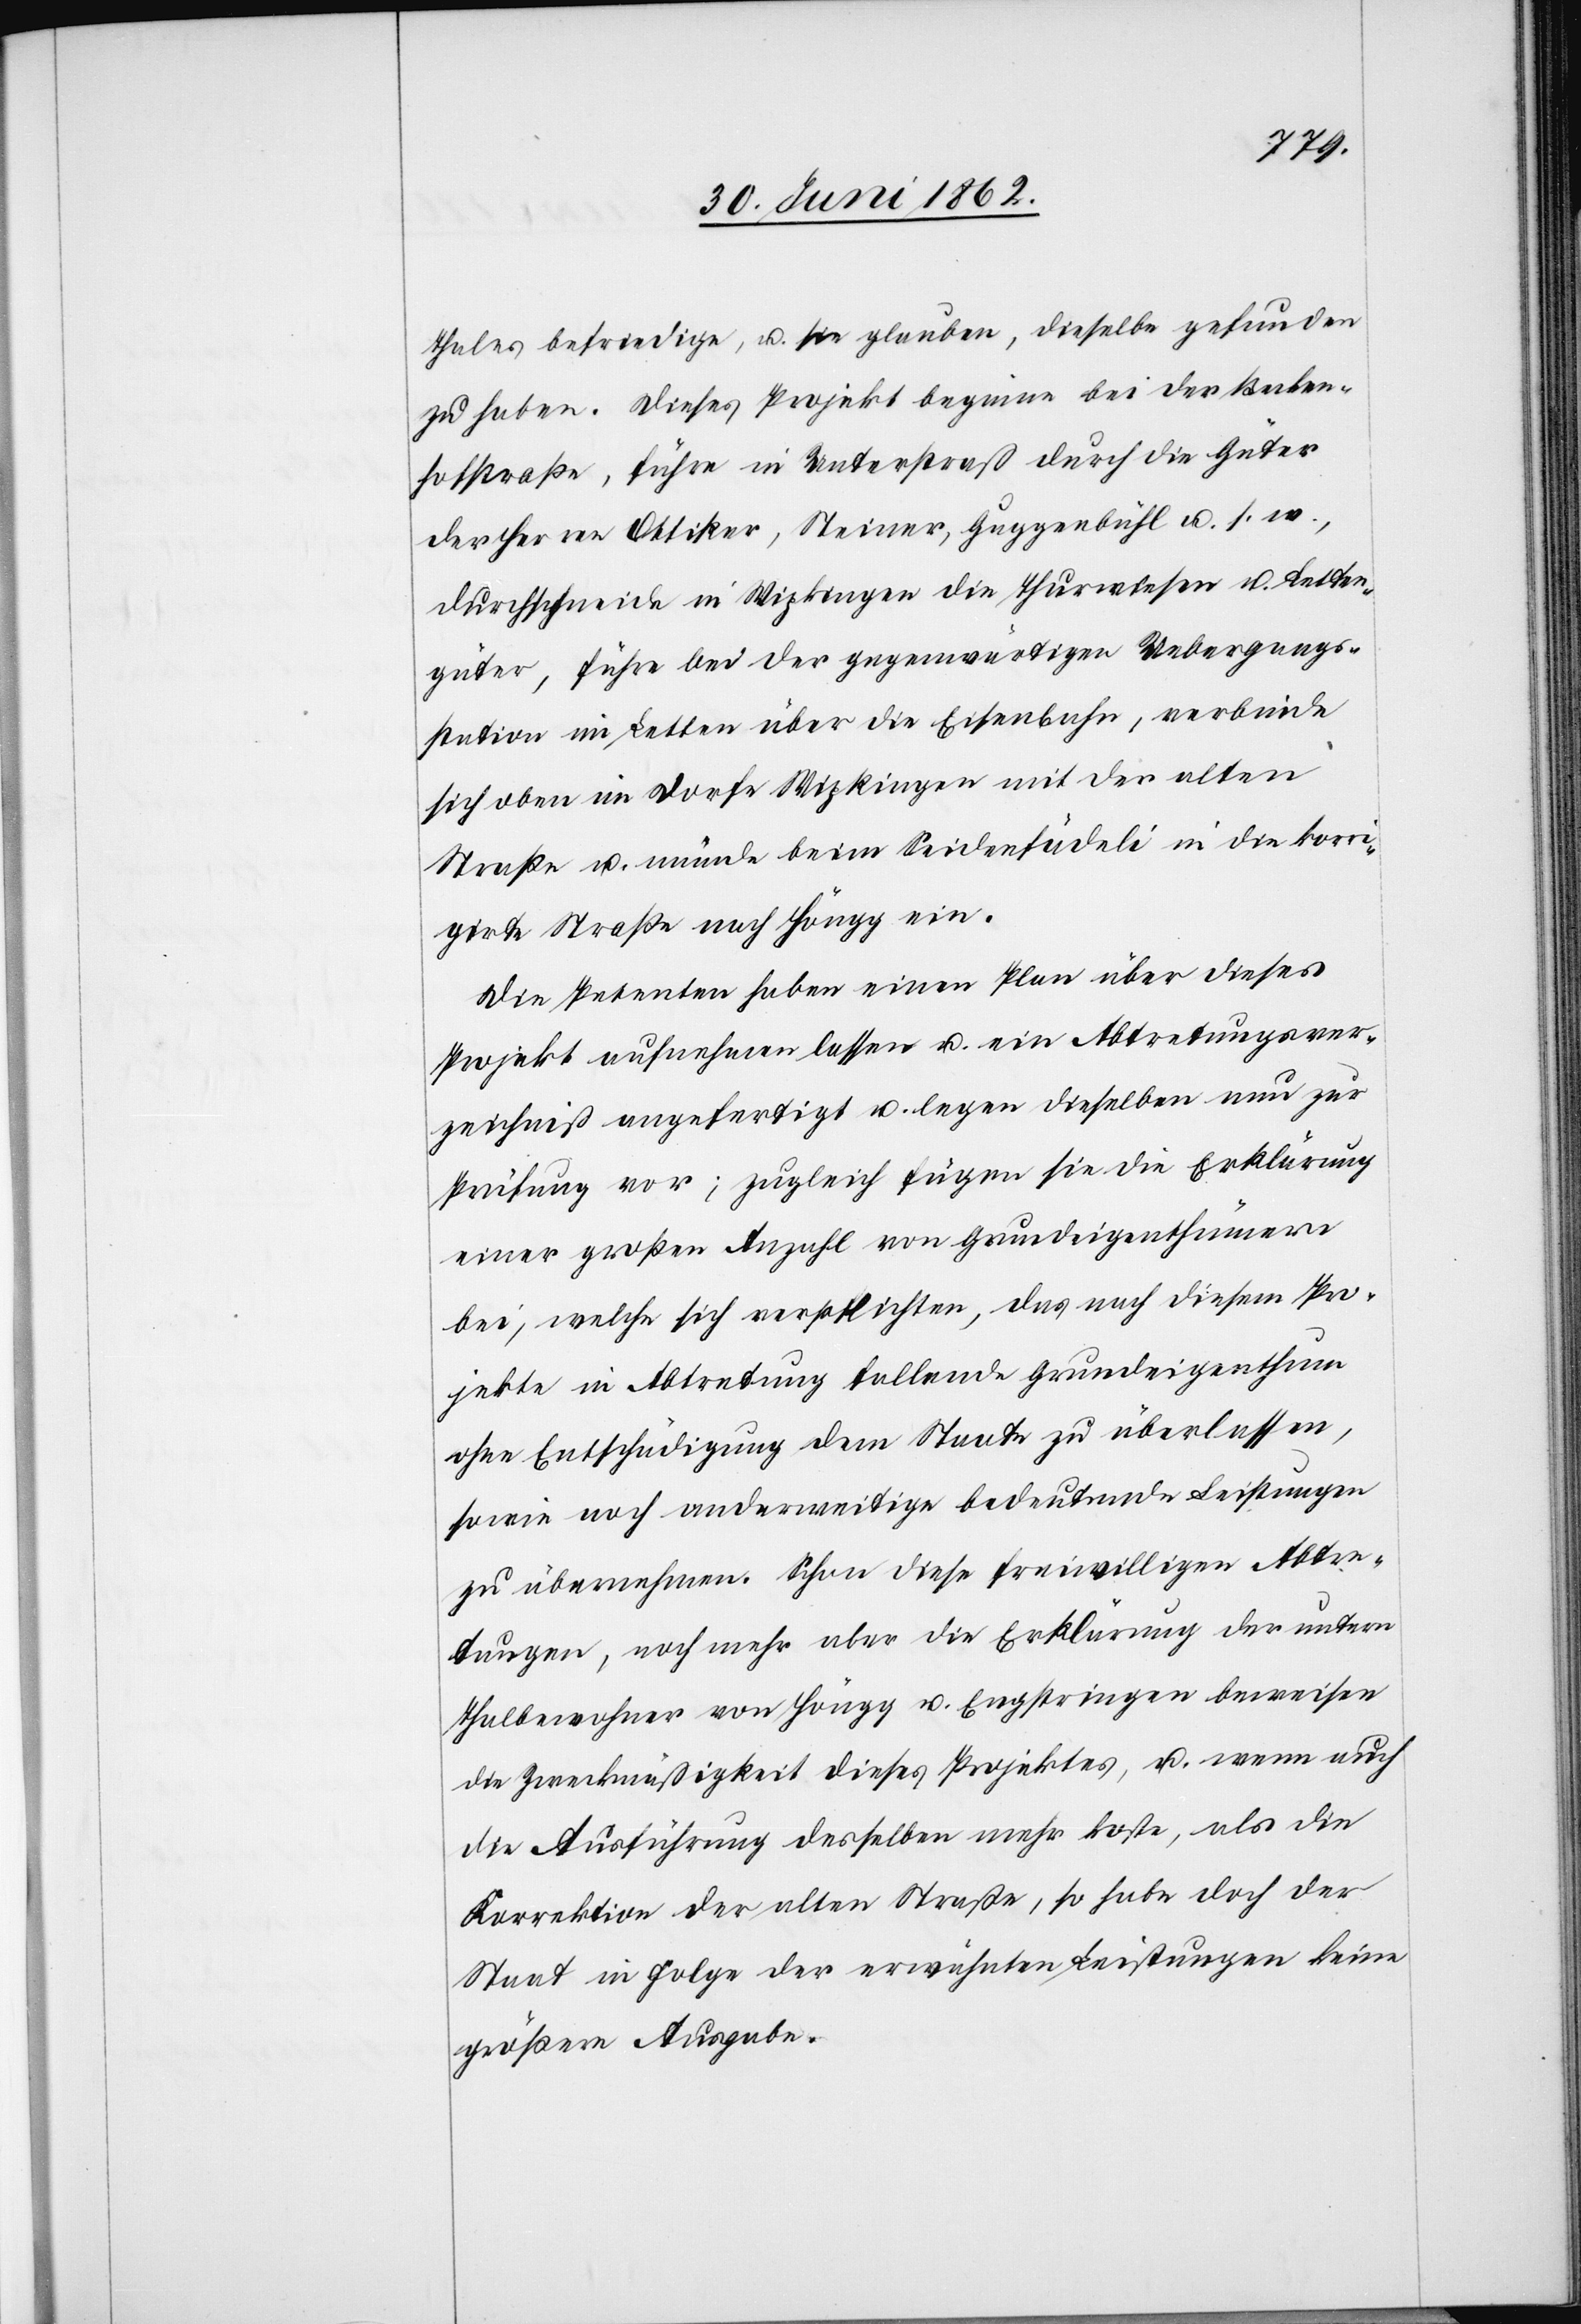
Thales befriedige, u. sie glauben, dieselbe gefunden
zu haben. Dieses Projekt beginne bei der Becken¬
hofstraße, führe in Unterstraß durch die Güter
der Herren Ottiker, Steiner, Guggenbühl u. s. w.,
durchschneide in Wipkingen die Thurwiesen u. Letten¬
güter, führe bei der gegenwärtigen Uebergangs¬
station im Letten über die Eisenbahn, verbinde
sich oben im Dorfe Wipkingen mit der alten
Straße u. münde beim Seidenfädeli in die korri¬
girte Straße nach Höngg ein.
Die Petenten haben einen Plan über dieses
Projekt aufnehmen lassen u. ein Abtretungsver¬
zeichniß angefertigt u. legen dieselben nun zur
Prüfung vor; zugleich fügen sie die Erklärung
einer großen Anzahl von Grundeigenthümern
bei, welche sich verpflichten, das nach diesem Pro¬
jekte in Abtretung fallende Grundeigenthum
ohne Entschädigung dem Staate zu überlassen,
sowie noch anderweitige bedeutende Leistungen
zu übernehmen. Schon diese freiwilligen Abtre¬
tungen, noch mehr aber die Erklärung der untern
Thalbewohner von Höngg u. Engstringen beweisen
die Zweckmäßigkeit dieses Projektes, u. wenn auch
die Ausführung desselben mehr koste, als die
Korrektion der alten Straße, so habe doch der
Staat in Folge der erwähnten Leistungen keine
größere Ausgabe.